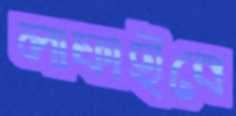
লাফাইবে